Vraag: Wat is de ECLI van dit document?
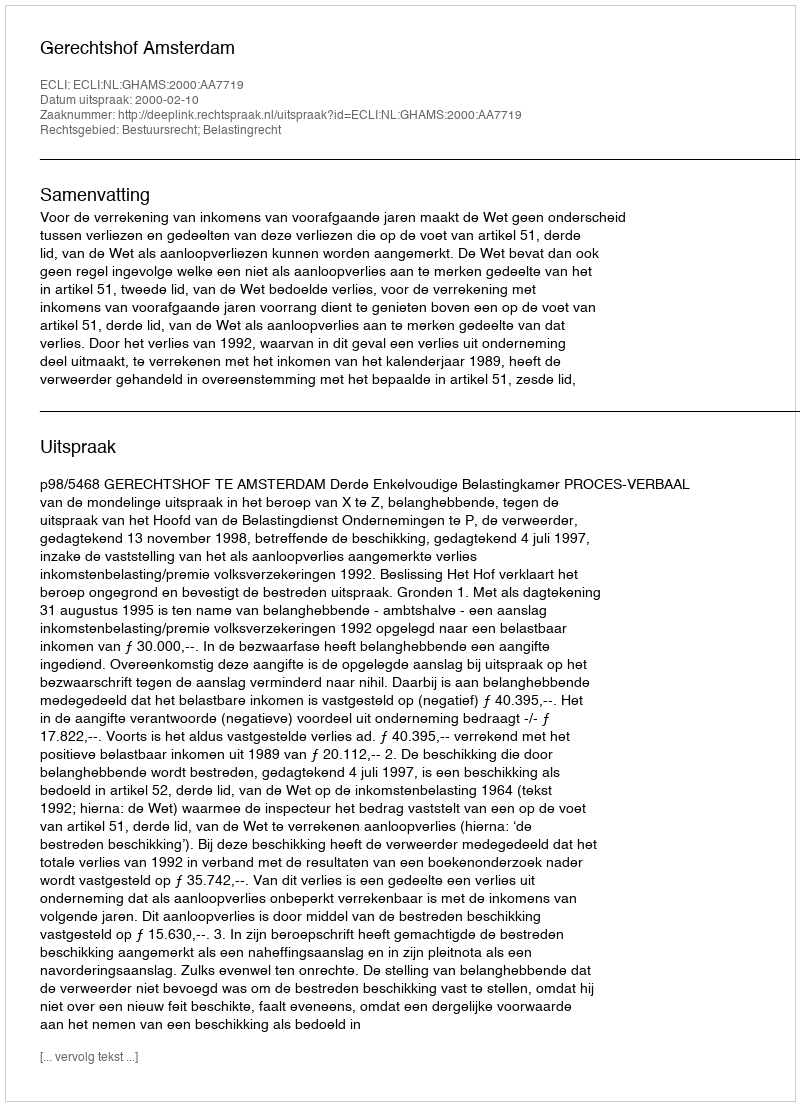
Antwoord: ECLI:NL:GHAMS:2000:AA7719